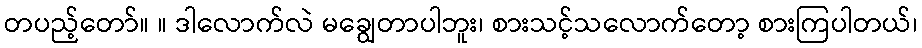
တပည့်တော်။ ။ ဒါလောက်လဲ မချွေတာပါဘူး၊ စားသင့်သလောက်တော့ စားကြပါတယ်၊